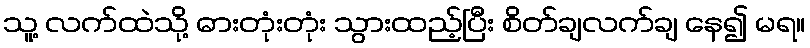
သူ့ လက်ထဲသို့ ဓားတုံးတုံး သွားထည့်ပြီး စိတ်ချလက်ချ နေ၍ မရ။